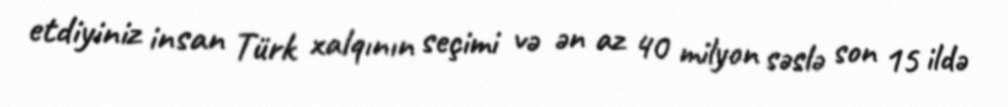
etdiyiniz insan Türk xalqının seçimi və ən az 40 milyon səslə son 15 ildə